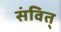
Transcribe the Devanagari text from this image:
संवित्